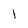
Character: 1